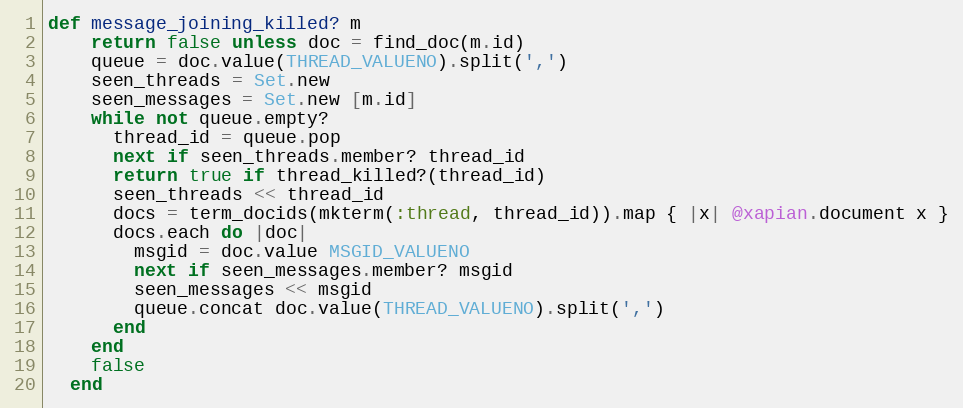
Language: Ruby
def message_joining_killed? m
    return false unless doc = find_doc(m.id)
    queue = doc.value(THREAD_VALUENO).split(',')
    seen_threads = Set.new
    seen_messages = Set.new [m.id]
    while not queue.empty?
      thread_id = queue.pop
      next if seen_threads.member? thread_id
      return true if thread_killed?(thread_id)
      seen_threads << thread_id
      docs = term_docids(mkterm(:thread, thread_id)).map { |x| @xapian.document x }
      docs.each do |doc|
        msgid = doc.value MSGID_VALUENO
        next if seen_messages.member? msgid
        seen_messages << msgid
        queue.concat doc.value(THREAD_VALUENO).split(',')
      end
    end
    false
  end